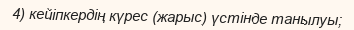
4) кейіпкердің күрес (жарыс) үстінде танылуы;